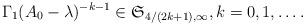
LaTeX: \begin{align*} \Gamma_1(A_0-\lambda)^{-k-1} \in \mathfrak S_{4/(2k+1),\infty},k=0,1,\dots. \end{align*}